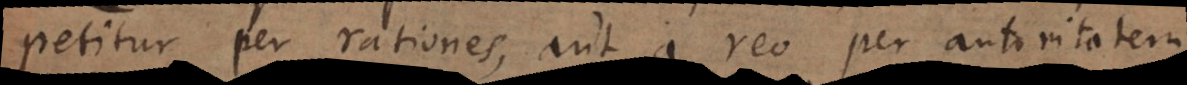
petitur per rationes, aut a reo per autoritatem